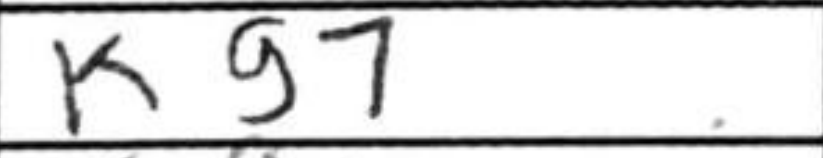
Transcription: Kg7